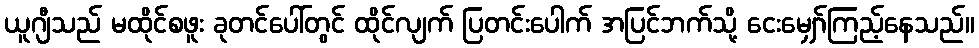
ယူဂျီသည် မထိုင်စဖူး ခုတင်ပေါ်တွင် ထိုင်လျက် ပြတင်းပေါက် အပြင်ဘက်သို့ ငေးမျှော်ကြည့်နေသည်။